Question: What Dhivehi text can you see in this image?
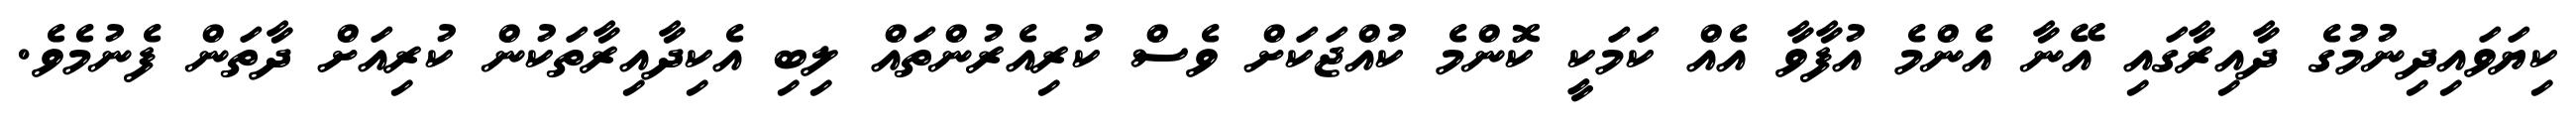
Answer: ކިޔަވައިދިނުމުގެ ދާއިރާގައި އޭނާ އެންމެ އުފާވާ އެއް ކަމަކީ ކޮންމެ ކުއްޖަކަށް ވެސް ކުރިއެރުންތައް ލިބި އެކިދާއިރާތަކުން ކުރިއަށް ދާތަން ފެނުމެވެ.